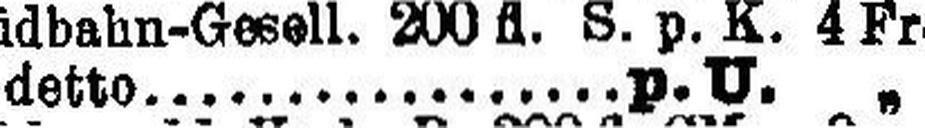
detto................. p. U. „